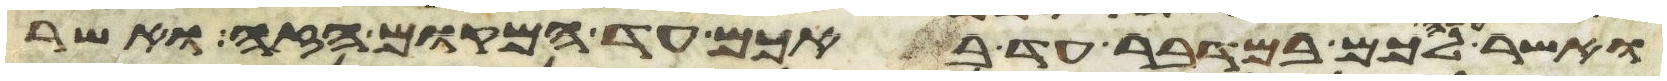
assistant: ואשר עשה לכם במדבר עד באכם עד המקום הזה ואשר